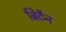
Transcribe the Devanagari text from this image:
ब्रिटैन